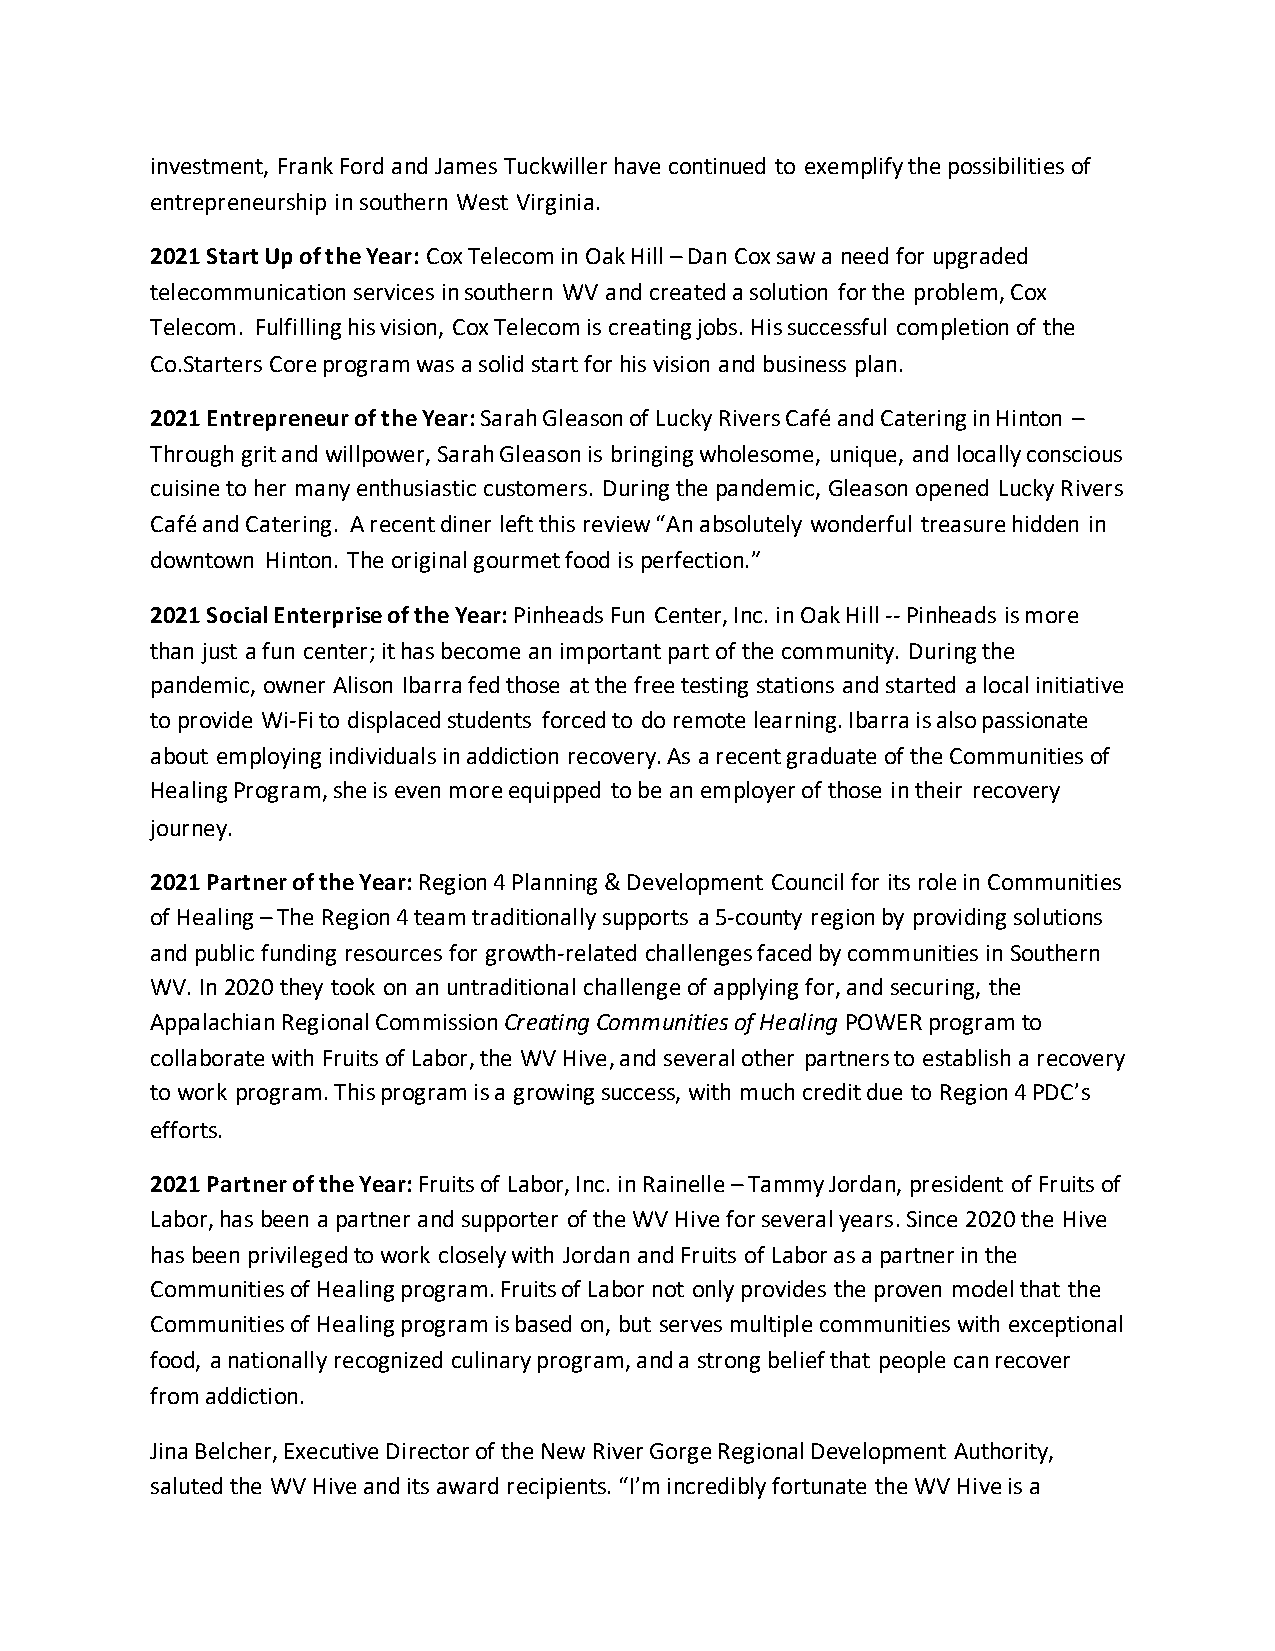
investment, Frank Ford and James Tuckwiller have continued to exemplify the possibilities of
 entrepreneurship in southern West Virginia.
 2021 Start Up of the Year: Cox Telecom in Oak Hill – Dan Cox saw a need for upgraded
 telecommunication services in southern WV and created a solution for the problem, Cox
 Telecom. Fulfilling his vision, Cox Telecom is creating jobs. His successful completion of the
 Co.Starters Core program was a solid start for his vision and business plan.
 2021 Entrepreneur of the Year: Sarah Gleason of Lucky Rivers Café and Catering in Hinton –
 Through grit and willpower, Sarah Gleason is bringing wholesome, unique, and locally conscious
 cuisine to her many enthusiastic customers. During the pandemic, Gleason opened Lucky Rivers
 Café and Catering. A recent diner left this review “An absolutely wonderful treasure hidden in
 downtown Hinton. The original gourmet food is perfection.”
 2021 Social Enterprise of the Year: Pinheads Fun Center, Inc. in Oak Hill -- Pinheads is more
 than just a fun center; it has become an important part of the community. During the
 pandemic, owner Alison Ibarra fed those at the free testing stations and started a local initiative
 to provide Wi-Fi to displaced students forced to do remote learning. Ibarra is also passionate
 about employing individuals in addiction recovery. As a recent graduate of the Communities of
 Healing Program, she is even more equipped to be an employer of those in their recovery
 journey.
 2021 Partner of the Year: Region 4 Planning & Development Council for its role in Communities
 of Healing – The Region 4 team traditionally supports a 5-county region by providing solutions
 and public funding resources for growth-related challenges faced by communities in Southern
 WV. In 2020 they took on an untraditional challenge of applying for, and securing, the
 Appalachian Regional Commission Creating Communities of Healing POWER program to
 collaborate with Fruits of Labor, the WV Hive, and several other partners to establish a recovery
 to work program. This program is a growing success, with much credit due to Region 4 PDC’s
 efforts.
 2021 Partner of the Year: Fruits of Labor, Inc. in Rainelle – Tammy Jordan, president of Fruits of
 Labor, has been a partner and supporter of the WV Hive for several years. Since 2020 the Hive
 has been privileged to work closely with Jordan and Fruits of Labor as a partner in the
 Communities of Healing program. Fruits of Labor not only provides the proven model that the
 Communities of Healing program is based on, but serves multiple communities with exceptional
 food, a nationally recognized culinary program, and a strong belief that people can recover
 from addiction.
 Jina Belcher, Executive Director of the New River Gorge Regional Development Authority,
 saluted the WV Hive and its award recipients. “I’m incredibly fortunate the WV Hive is a